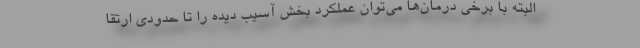
البته با برخی درمان‌ها می‌توان عملکرد بخش آسیب دیده را تا حدودی ارتقا